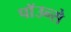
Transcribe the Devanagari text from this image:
पाॅउन्से